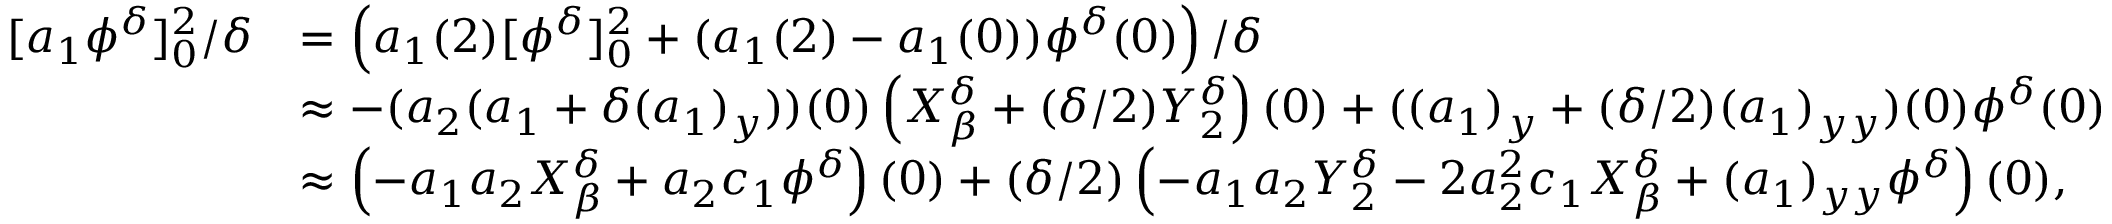
\begin{array} { r l } { [ a _ { 1 } \phi ^ { \delta } ] _ { 0 } ^ { 2 } / \delta } & { = \left( a _ { 1 } ( 2 ) [ \phi ^ { \delta } ] _ { 0 } ^ { 2 } + ( a _ { 1 } ( 2 ) - a _ { 1 } ( 0 ) ) \phi ^ { \delta } ( 0 ) \right) / \delta } \\ & { \approx - ( a _ { 2 } ( a _ { 1 } + \delta ( a _ { 1 } ) _ { y } ) ) ( 0 ) \left( X _ { \beta } ^ { \delta } + ( \delta / 2 ) Y _ { 2 } ^ { \delta } \right) ( 0 ) + ( ( a _ { 1 } ) _ { y } + ( \delta / 2 ) ( a _ { 1 } ) _ { y y } ) ( 0 ) \phi ^ { \delta } ( 0 ) } \\ & { \approx \left( - a _ { 1 } a _ { 2 } X _ { \beta } ^ { \delta } + a _ { 2 } c _ { 1 } \phi ^ { \delta } \right) ( 0 ) + ( \delta / 2 ) \left( - a _ { 1 } a _ { 2 } Y _ { 2 } ^ { \delta } - 2 a _ { 2 } ^ { 2 } c _ { 1 } X _ { \beta } ^ { \delta } + ( a _ { 1 } ) _ { y y } \phi ^ { \delta } \right) ( 0 ) , } \end{array}